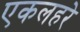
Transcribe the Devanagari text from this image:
एकलहरे